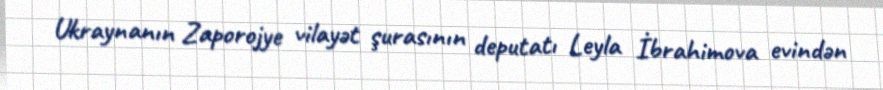
Ukraynanın Zaporojye vilayət şurasının deputatı Leyla İbrahimova evindən